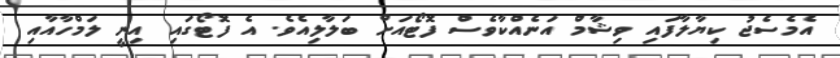
އެމެސެޖު ކިޔާލާފައި ވިޝާމް އަނެއްކާވެސް ފޮޓޯއަށް ބަލާލިއެވެ. އެ ފޮޓޯގައި އިނީ ލަމްހާއާއި